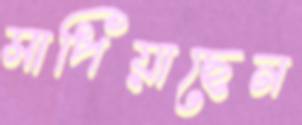
মাপিয়াছেন